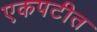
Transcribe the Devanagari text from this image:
एकपटीत